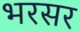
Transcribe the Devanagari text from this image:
भरसर